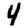
Digit: 4